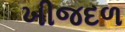
ખીજદળ